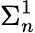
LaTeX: \Sigma_{n}^{1}